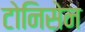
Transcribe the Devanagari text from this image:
टोनिसेन